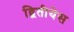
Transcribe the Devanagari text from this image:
द्वितीयेस